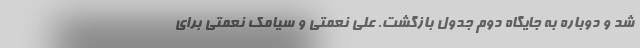
شد و دوباره به جایگاه دوم جدول بازگشت. علی نعمتی و سیامک نعمتی برای